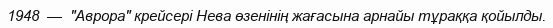
1948  —  "Аврора" крейсері Нева өзенінің жағасына арнайы тұраққа қойылды.